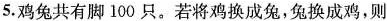
5.鸡兔共有脚100只。若将鸡换成兔，兔换成鸡，则